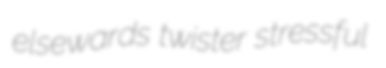
elsewards twister stressful